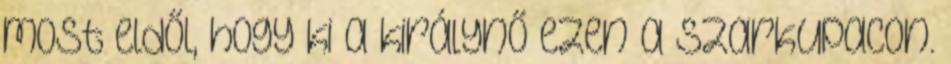
most eldől, hogy ki a királynő ezen a szarkupacon.